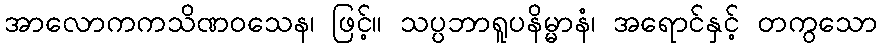
အာလောကကသိဏဝသေန၊ ဖြင့်။ သပ္ပဘာရူပနိမ္မာနံ၊ အရောင်နှင့် တကွသော